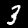
Label: 3